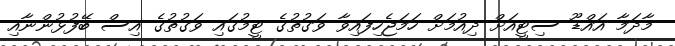
މާދަމާ އައްޑޫ ސިޓީއަށް ދިއުމަށް ހަމަޖެހިފައިވާ ވަގުތުގެ ޓީމުގައި ވަގުތުގެ އިސް ބޭފުޅުންނާއި